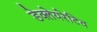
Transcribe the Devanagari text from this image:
डेक्लेयरेटिव